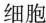
细胞